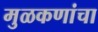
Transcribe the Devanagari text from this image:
मुळकणांचा